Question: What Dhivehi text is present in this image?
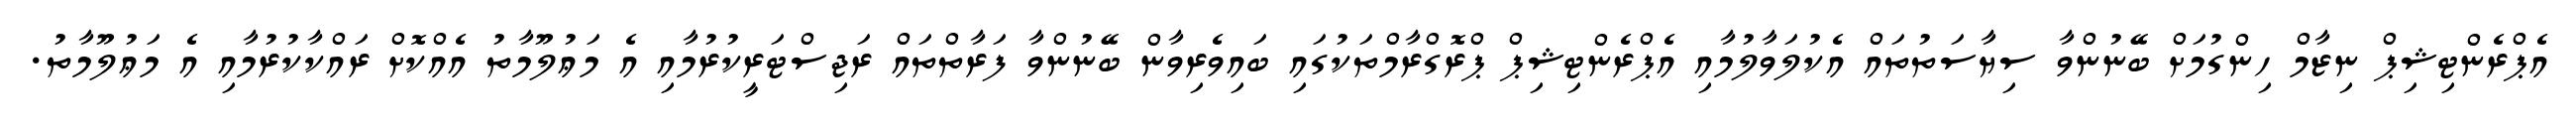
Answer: އެޕްރެންޓިޝިޕް ނިޒާމް ހިންގުމަށް ބޭނުންވާ ސިޔާސަތުތައް އެކުލަވާލުމާއި އެޕްރެންޓިޝިޕް ޕްރޮގްރާމްތަކުގައި ބައިވެރިވާން ބޭނުންވާ ފަރާތްތައް ރަޖިސްޓަރީކުރުމާއި އެ މަޢުލޫމާތު އެއްކޮށް ރައްކާކުރުމާއި އެ މަޢުލޫމާތު.